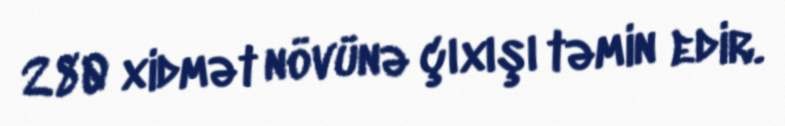
280 xidmət növünə çıxışı təmin edir.